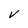
Character: v